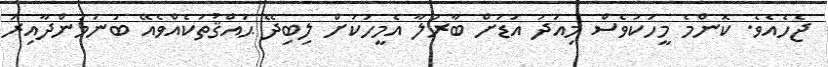
ޖެހެއެވެ. ކޮންމެ މީހަކުވެސް މިއަދު އަޑަށް ބާރުލާ އެމީހަކަށް ލިބިދޭ ޙައްޤުތަކެއްވެއޭ ބުނަމުންދާއިރު